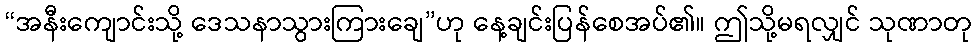
“အနီးကျောင်းသို့ ဒေသနာသွားကြားချေ”ဟု နေ့ချင်းပြန်စေအပ်၏။ ဤသို့မရလျှင် သုဏာတု